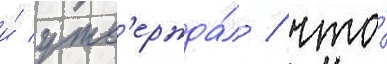
и́ утв'ержда́л / что́